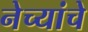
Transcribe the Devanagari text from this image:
नेच्यांचे